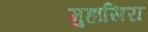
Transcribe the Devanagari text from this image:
मुहासिरा